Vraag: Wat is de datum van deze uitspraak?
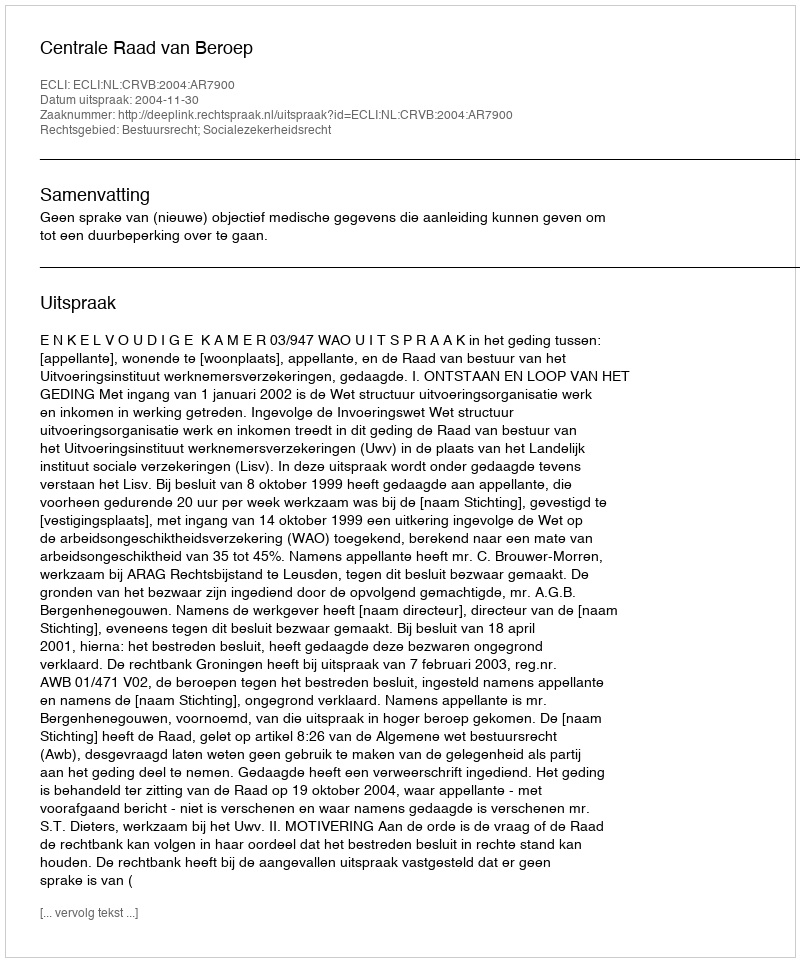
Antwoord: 2004-11-30